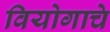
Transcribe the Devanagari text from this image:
वियोगाचे